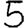
Digit: 5